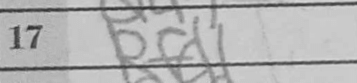
Transcription: Rfd1